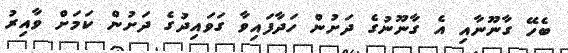
ބެހޭ ގާނޫނާއި އެ ގާނޫނުގެ ދަށުން ހަދާފައިވާ ގަވައިދުގެ ދަށުން ކަމަށް ވާއިރު